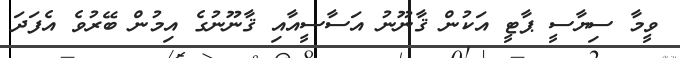
ވީމާ ސިޔާސީ ޕާޓީ އަކުން ޤާނޫނު އަސާސީއާއި ޤާނޫނުގެ އިމުން ބޭރުވެ އެފަދަ